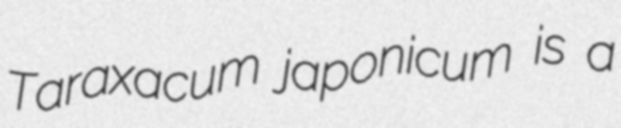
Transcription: Taraxacum japonicum is a